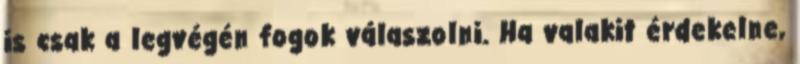
is csak a legvégén fogok válaszolni. Ha valakit érdekelne,